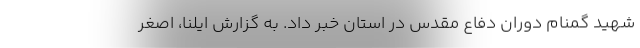
شهید گمنام دوران دفاع مقدس در استان خبر داد. به گزارش ایلنا، اصغر